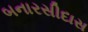
બનારસીદાસ